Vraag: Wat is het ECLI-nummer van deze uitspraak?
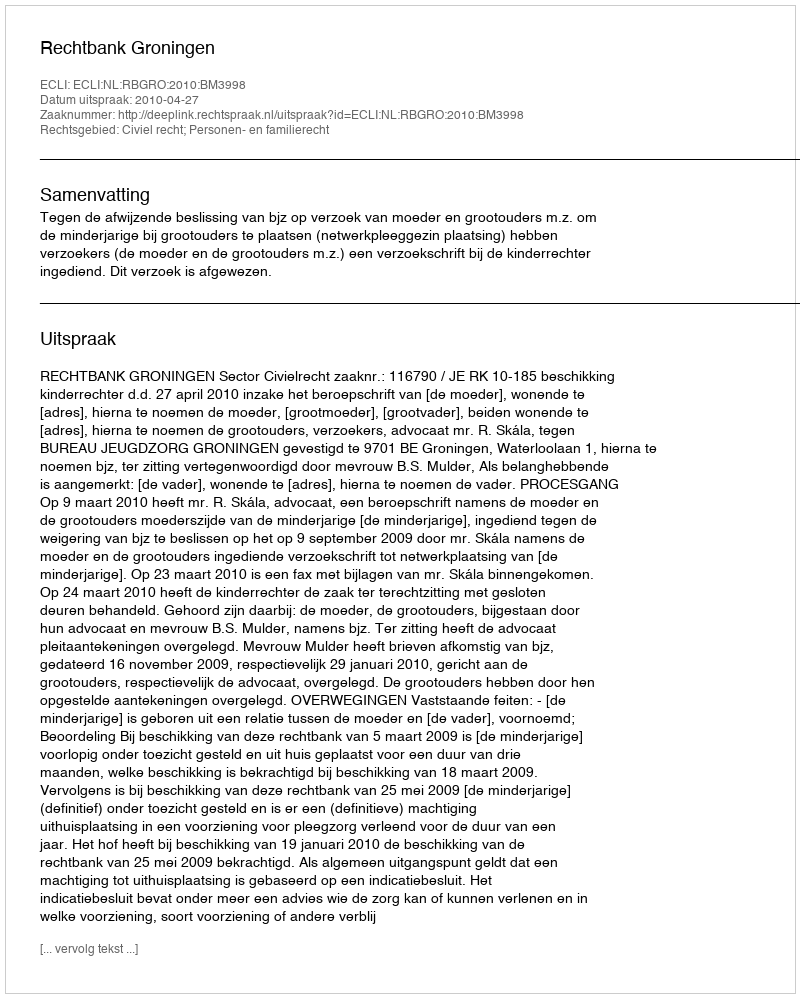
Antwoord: ECLI:NL:RBGRO:2010:BM3998